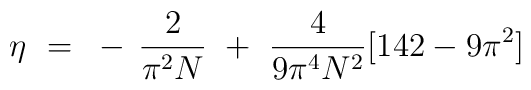
\eta ~=~ - \, \frac{2}{\pi^2N} ~+~ \frac{4}{9\pi^4N^2} [142 - 9\pi^2]